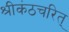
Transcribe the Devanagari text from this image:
श्रीकंठचरित्‌